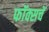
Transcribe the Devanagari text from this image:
फॉक्सचें